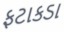
ફટાકડા